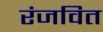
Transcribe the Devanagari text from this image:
रंजवित